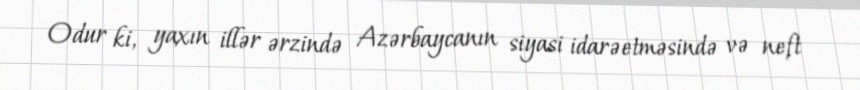
Odur ki, yaxın illər ərzində Azərbaycanın siyasi idarəetməsində və neft